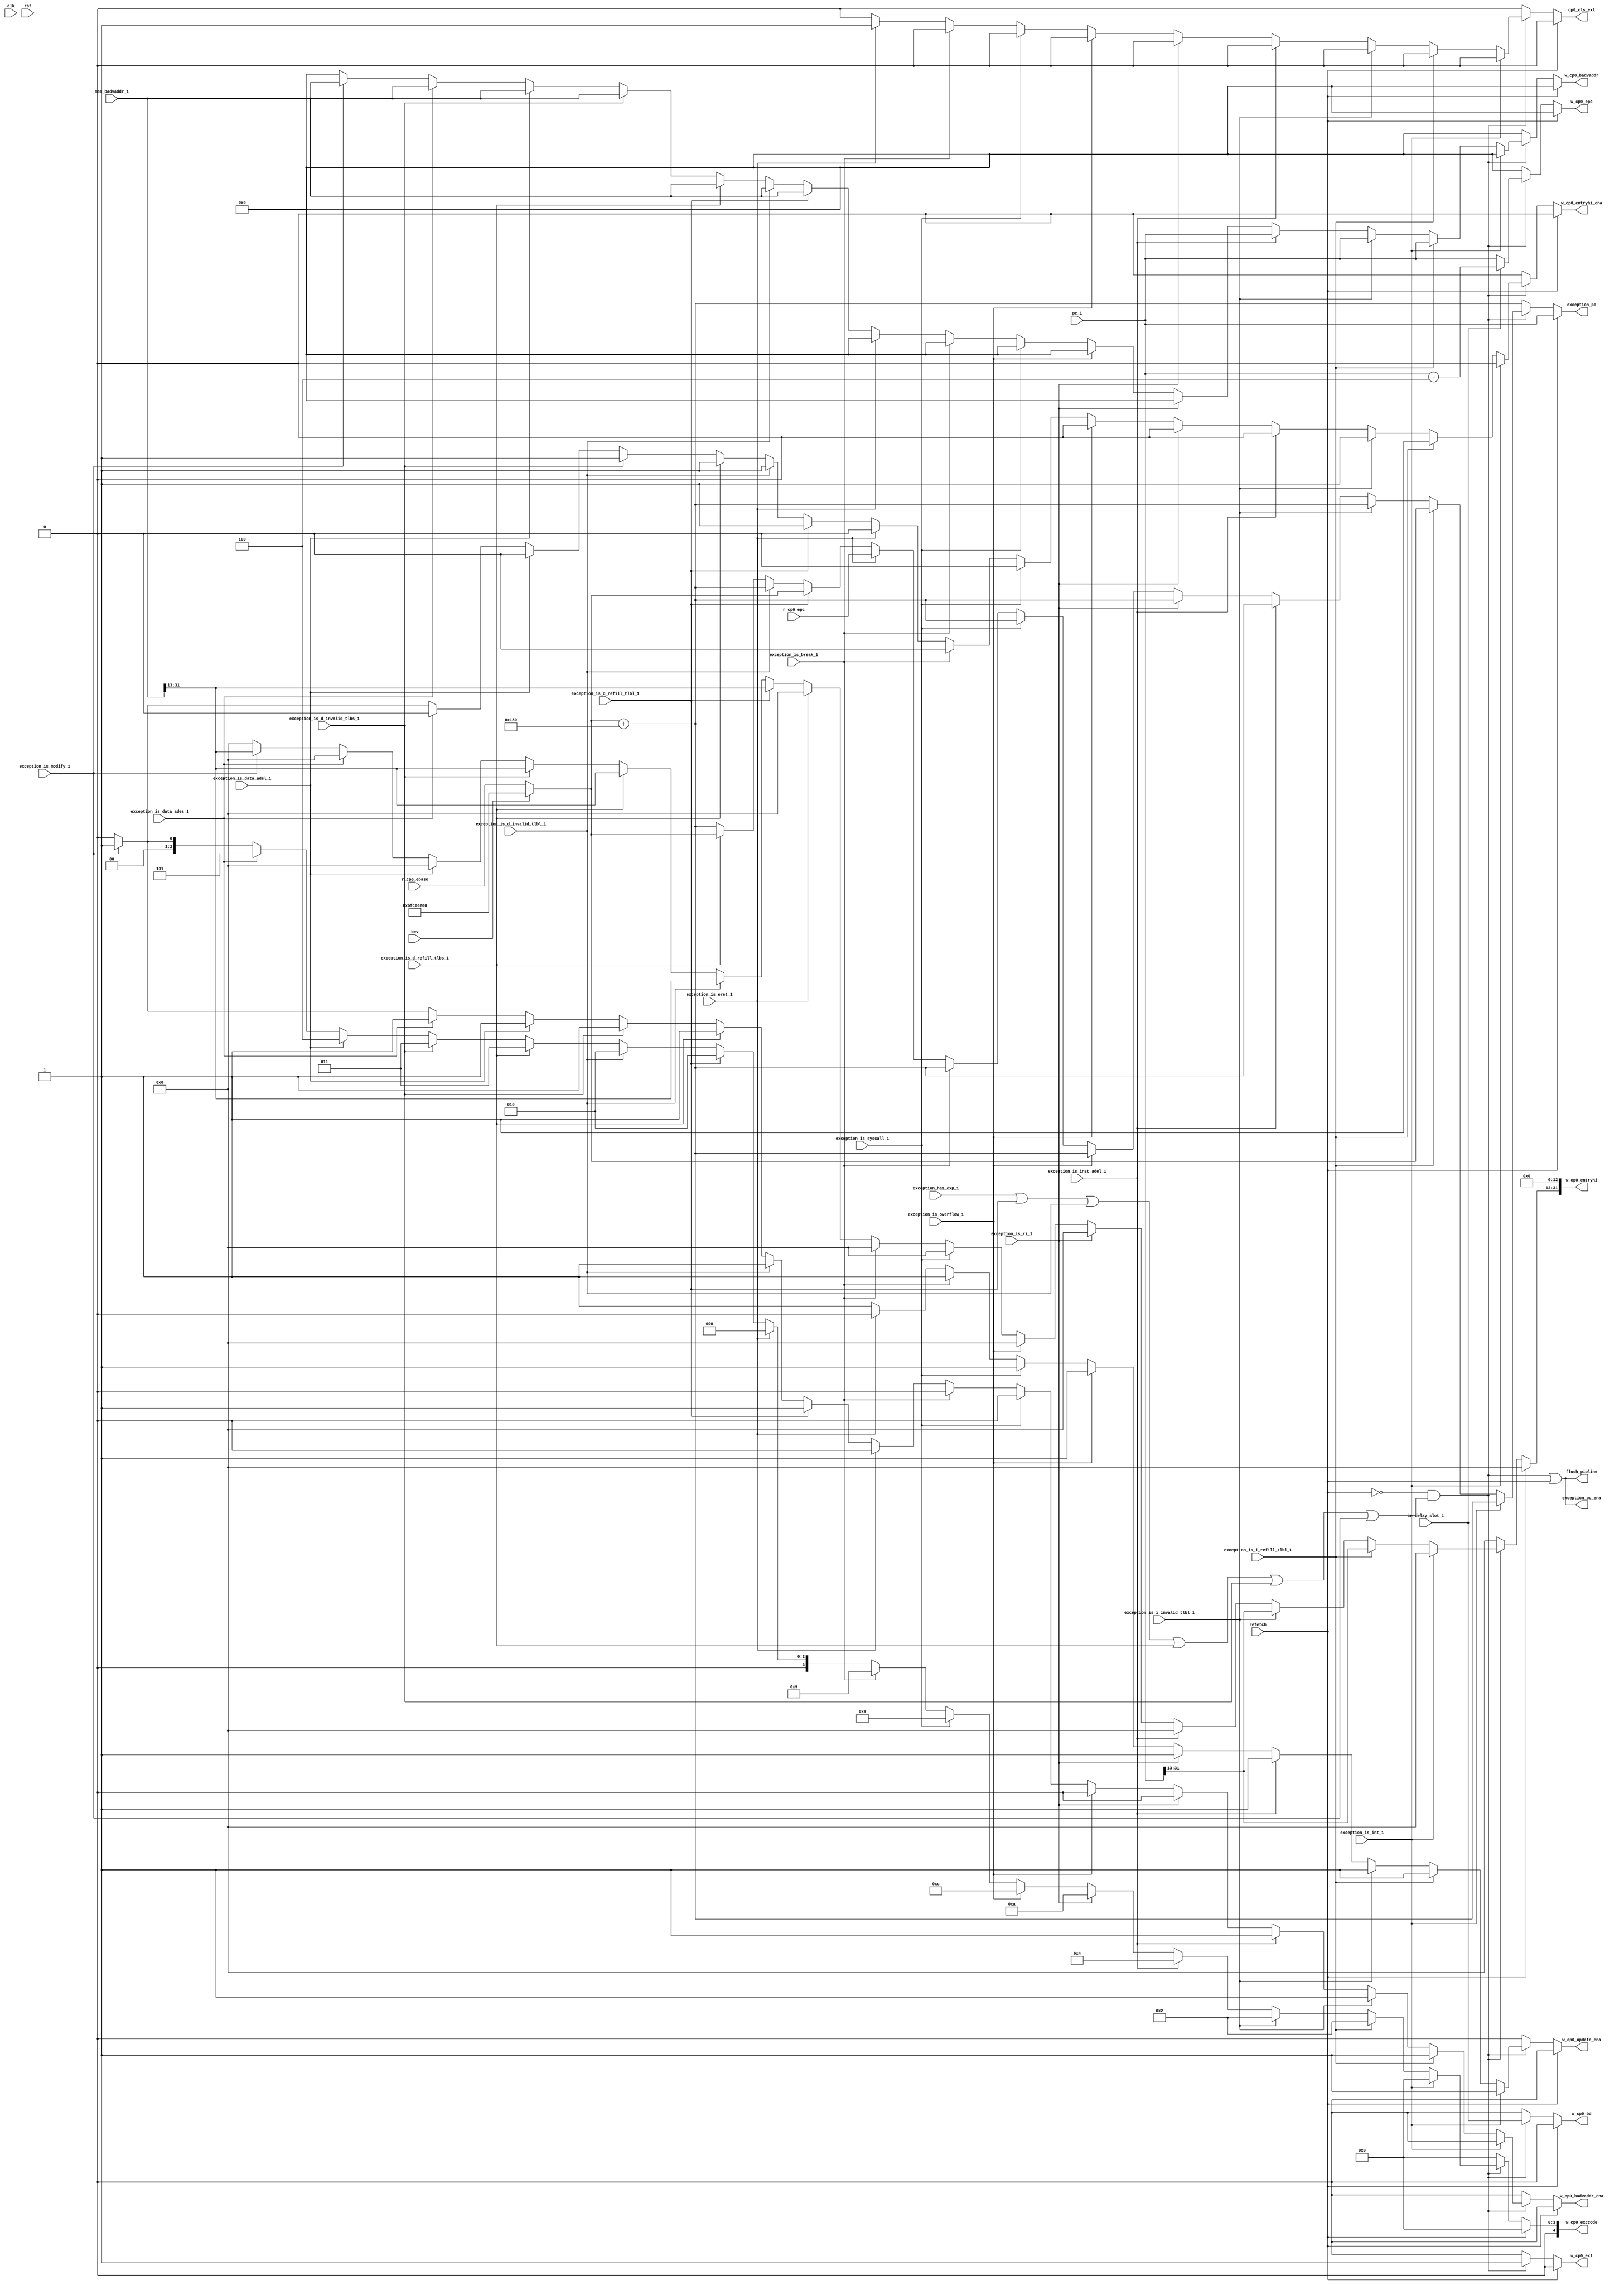
module exception_ctrl (
    input   wire            clk,
    input   wire            rst,

    // from pipeline
    (*mark_debug="true"*) input   wire [31:0]     pc_1,
    (*mark_debug="true"*) input   wire            refetch,
    (*mark_debug="true"*) input   wire [31:0]     mem_badvaddr_1,
    (*mark_debug="true"*) input   wire            in_delay_slot_1,
    (*mark_debug="true"*) input   wire            exception_is_eret_1,
    (*mark_debug="true"*) input   wire            exception_is_syscall_1,
    (*mark_debug="true"*) input   wire            exception_is_break_1,
    (*mark_debug="true"*) input   wire            exception_is_inst_adel_1,
    (*mark_debug="true"*) input   wire            exception_is_data_adel_1,
    (*mark_debug="true"*) input   wire            exception_is_data_ades_1,
    (*mark_debug="true"*) input   wire            exception_is_overflow_1,
    (*mark_debug="true"*) input   wire            exception_is_ri_1,
    (*mark_debug="true"*) input   wire            exception_is_int_1,
    (*mark_debug="true"*) input   wire            exception_is_i_refill_tlbl_1,
    (*mark_debug="true"*) input   wire            exception_is_i_invalid_tlbl_1,
    (*mark_debug="true"*) input   wire            exception_is_d_refill_tlbl_1,
    (*mark_debug="true"*) input   wire            exception_is_d_invalid_tlbl_1,
    (*mark_debug="true"*) input   wire            exception_is_d_refill_tlbs_1,
    (*mark_debug="true"*) input   wire            exception_is_d_invalid_tlbs_1,
    (*mark_debug="true"*) input   wire            exception_is_modify_1,
    (*mark_debug="true"*) input   wire            exception_has_exp_1,

    // from cp0
    input   wire [31:0]     r_cp0_epc,
    input   wire [31:0]     r_cp0_ebase,
    input   wire            bev,
    // update pc
    output  wire            exception_pc_ena,
    output  reg  [31:0]     exception_pc,

    // to cp0
    // update cp0
    output  reg             w_cp0_update_ena,
    output  reg  [4 :0]     w_cp0_exccode,
    output  reg             w_cp0_bd,
    output  reg             w_cp0_exl,
    output  reg  [31:0]     w_cp0_epc,
    output  reg             w_cp0_badvaddr_ena,
    output  reg  [31:0]     w_cp0_badvaddr,
    output  reg             w_cp0_entryhi_ena,
    output  reg  [31:0]     w_cp0_entryhi,

    output  reg             cp0_cls_exl,

    output  wire            flush_pipline
);
    wire            exception_has_1;

    assign exception_has_1  = 
        ~refetch & (
            exception_has_exp_1             |
            exception_is_d_refill_tlbl_1    |
            exception_is_d_invalid_tlbl_1   |
            exception_is_d_refill_tlbs_1    |
            exception_is_d_invalid_tlbs_1   |
            exception_is_modify_1
        );

    assign flush_pipline    = exception_has_1 | refetch;
    assign exception_pc_ena = exception_has_1 | refetch;
        
    wire [31:0] exp_ebase = bev ? 32'hbfc0_0200 : r_cp0_ebase;

    always @(*) begin
        cp0_cls_exl         = 1'b0;
        exception_pc        = exp_ebase + 32'h180;
        w_cp0_update_ena    = 1'b1;
        w_cp0_exccode       = 5'h00;
        w_cp0_bd            = 1'b0;
        w_cp0_exl           = 1'b0;
        w_cp0_epc           = 32'h0;
        w_cp0_badvaddr_ena  = 1'b0;
        w_cp0_badvaddr      = 32'h0;
        w_cp0_entryhi_ena   = 1'b0;
        w_cp0_entryhi       = 32'h0;
        if (refetch) begin
            w_cp0_update_ena= 1'b0;
            exception_pc    = pc_1;
        end else if (exception_has_1) begin
            w_cp0_bd            = in_delay_slot_1;
            w_cp0_exl           = 1'b1;
            w_cp0_epc           = in_delay_slot_1 ? pc_1 - 32'h4 : pc_1;
            if (exception_is_int_1) begin
                w_cp0_exccode           = 5'h00;
            end else if (exception_is_i_refill_tlbl_1) begin
                w_cp0_exccode   = 5'h02;
                exception_pc    = exp_ebase;
                w_cp0_entryhi_ena       = 1'b1;
                w_cp0_entryhi[31:13]    = pc_1[31:13];
                w_cp0_badvaddr_ena      = 1'b1;
                w_cp0_badvaddr          = pc_1;
            end else if (exception_is_i_invalid_tlbl_1) begin
                w_cp0_exccode   = 5'h02;
                w_cp0_entryhi_ena       = 1'b1;
                w_cp0_entryhi[31:13]    = pc_1[31:13];
                w_cp0_badvaddr_ena      = 1'b1;
                w_cp0_badvaddr          = pc_1;
            end else if (exception_is_inst_adel_1) begin
                w_cp0_exccode   = 5'h04;
                w_cp0_badvaddr_ena = 1'b1;
                w_cp0_badvaddr  = pc_1;
            end else if (exception_is_ri_1) begin
                w_cp0_exccode   = 5'h0a;
            end else if (exception_is_overflow_1) begin
                w_cp0_exccode   = 5'h0c;
            end else if (exception_is_syscall_1) begin
                w_cp0_exccode   = 5'h08;
            end else if (exception_is_break_1) begin
                w_cp0_exccode   = 5'h09;
            end else if (exception_is_eret_1) begin
                w_cp0_update_ena    = 1'b0;
                cp0_cls_exl         = 1'b1;
                exception_pc        = r_cp0_epc;
            end else if (exception_is_d_refill_tlbl_1) begin
                w_cp0_exccode   = 5'h02;
                exception_pc    = exp_ebase;
                w_cp0_entryhi_ena       = 1'b1;
                w_cp0_entryhi[31:13]    = mem_badvaddr_1[31:13];
                w_cp0_badvaddr_ena      = 1'b1;
                w_cp0_badvaddr          = mem_badvaddr_1;
            end else if (exception_is_d_invalid_tlbl_1) begin
                w_cp0_exccode   = 5'h02;
                w_cp0_entryhi_ena       = 1'b1;
                w_cp0_entryhi[31:13]    = mem_badvaddr_1[31:13];
                w_cp0_badvaddr_ena      = 1'b1;
                w_cp0_badvaddr          = mem_badvaddr_1;
            end else if (exception_is_d_refill_tlbs_1) begin
                w_cp0_exccode   = 5'h03;
                exception_pc    = exp_ebase;
                w_cp0_entryhi_ena       = 1'b1;
                w_cp0_entryhi[31:13]    = mem_badvaddr_1[31:13];
                w_cp0_badvaddr_ena      = 1'b1;
                w_cp0_badvaddr          = mem_badvaddr_1;
            end else if (exception_is_d_invalid_tlbs_1) begin
                w_cp0_exccode   = 5'h03;
                w_cp0_entryhi_ena       = 1'b1;
                w_cp0_entryhi[31:13]    = mem_badvaddr_1[31:13];
                w_cp0_badvaddr_ena      = 1'b1;
                w_cp0_badvaddr          = mem_badvaddr_1;
            end else if (exception_is_data_adel_1) begin
                w_cp0_exccode   = 5'h04;
                w_cp0_badvaddr_ena = 1'b1;
                w_cp0_badvaddr  = mem_badvaddr_1;
            end else if (exception_is_data_ades_1) begin
                w_cp0_exccode   = 5'h05;
                w_cp0_badvaddr_ena = 1'b1;
                w_cp0_badvaddr  = mem_badvaddr_1;
            end else if (exception_is_modify_1) begin
                w_cp0_exccode   = 5'h01;
                w_cp0_badvaddr_ena      = 1'b1;
                w_cp0_badvaddr          = mem_badvaddr_1;
                w_cp0_entryhi_ena       = 1'b1;
                w_cp0_entryhi[31:13]    = mem_badvaddr_1[31:13];
            end
        end else begin
            w_cp0_update_ena    = 1'b0;
        end
    end

endmodule